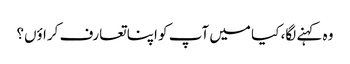
وہ کہنے لگا، کیا میں آپ کو اپنا تعارف کراؤں؟